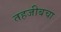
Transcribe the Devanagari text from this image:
तहजीबचा